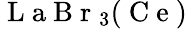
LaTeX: \mathrm{~L~a~B~r~}_{3}(\mathrm{~C~e~})